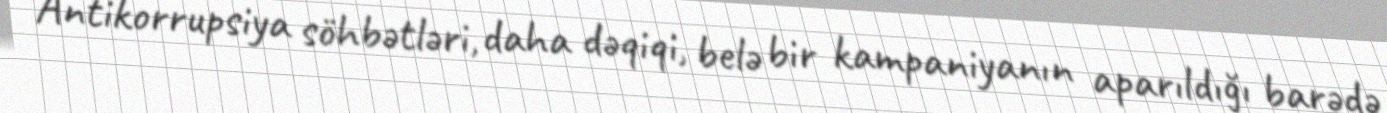
Antikorrupsiya söhbətləri, daha dəqiqi, belə bir kampaniyanın aparıldığı barədə